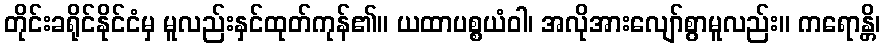
တိုင်းခရိုင်နိုင်ငံမှ မူလည်းနှင်ထုတ်ကုန်၏။ ယထာပစ္စယံဝါ၊ အလိုအားလျော်စွာမူလည်း။ ကရောန္တိ၊